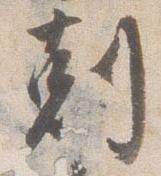
剋